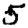
Digit: 5